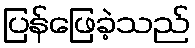
ပြန်ဖြေခဲ့သည်